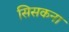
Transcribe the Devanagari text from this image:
सिसकना